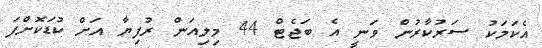
އެކަމަކު ސަރުކާރުން ވަނީ އެ ބަޖެޓް 44 މިލިއަން ރުފިޔާ އަށް ކުޑަކޮށްފަ